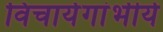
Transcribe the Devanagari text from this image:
विचार्यगांभीर्य